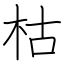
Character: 枯